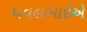
ધવલભાઈએ